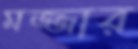
মজ্জার